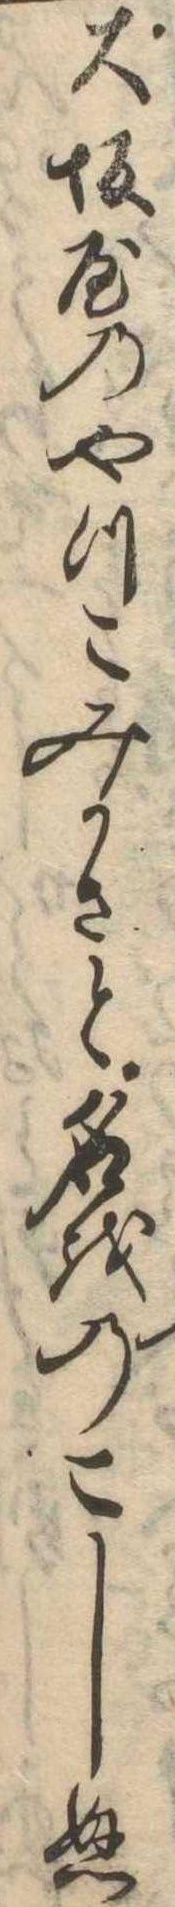
大坂屋のやつこみかさと名をのこしぬ